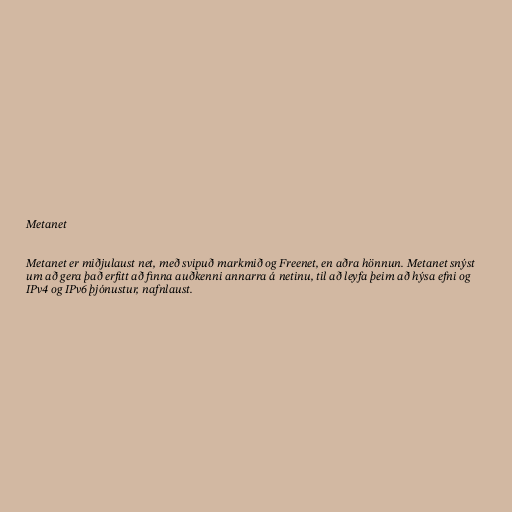
Metanet

Metanet er miðjulaust net, með svipuð markmið og Freenet, en aðra hönnun. Metanet snýst
um að gera það erfitt að finna auðkenni annarra á netinu, til að leyfa þeim að hýsa efni og
IPv4 og IPv6 þjónustur, nafnlaust.